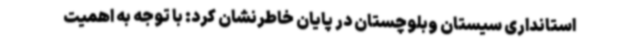
استانداری سیستان وبلوچستان در پایان خاطرنشان کرد: با توجه به اهمیت